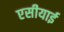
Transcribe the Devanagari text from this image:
एसीयाई